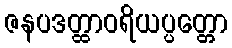
ဇနပဒတ္ထာဝရိယပ္ပတ္တော